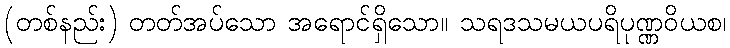
(တစ်နည်း) တတ်အပ်သော အရောင်ရှိသော။ သရဒသမယပရိပုဏ္ဏဝိယစ၊